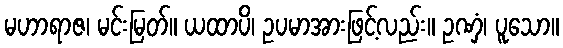
မဟာရာဇ၊ မင်းမြတ်။ ယထာပိ၊ ဥပမာအားဖြင့်လည်း။ ဥဏှံ၊ ပူသော။